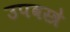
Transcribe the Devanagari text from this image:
उपवस्त्रे